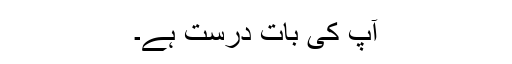
آپ کی بات درست ہے۔